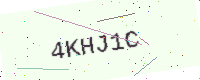
Text: 4KHJ1C